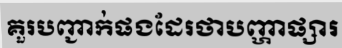
គួរបញ្ជាក់ផងដែរថាបញ្ហាផ្សារ